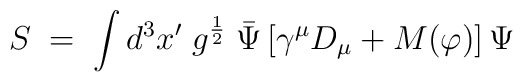
S \;=\;\int d^3 x' \; g^{\frac{1}{2}} \; {\bar\Psi} \,[\gamma^{\mu}D_{\mu} + M (\varphi)] \,\Psi